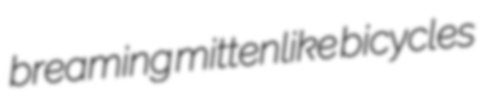
breaming mittenlike bicycles